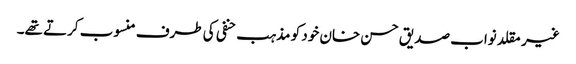
غیر مقلد نواب صدیق حسن خان خود کو مذہب حنفی کی طرف منسوب کرتے تھے۔